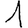
Digit: 1